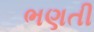
ભણતી